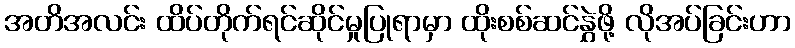
အတိအလင်း ထိပ်တိုက်ရင်ဆိုင်မှုပြုရာမှာ ထိုးစစ်ဆင်နွှဲဖို့ လိုအပ်ခြင်းဟာ